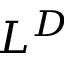
L ^ { D }